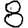
Digit: 8